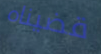
قضيناه